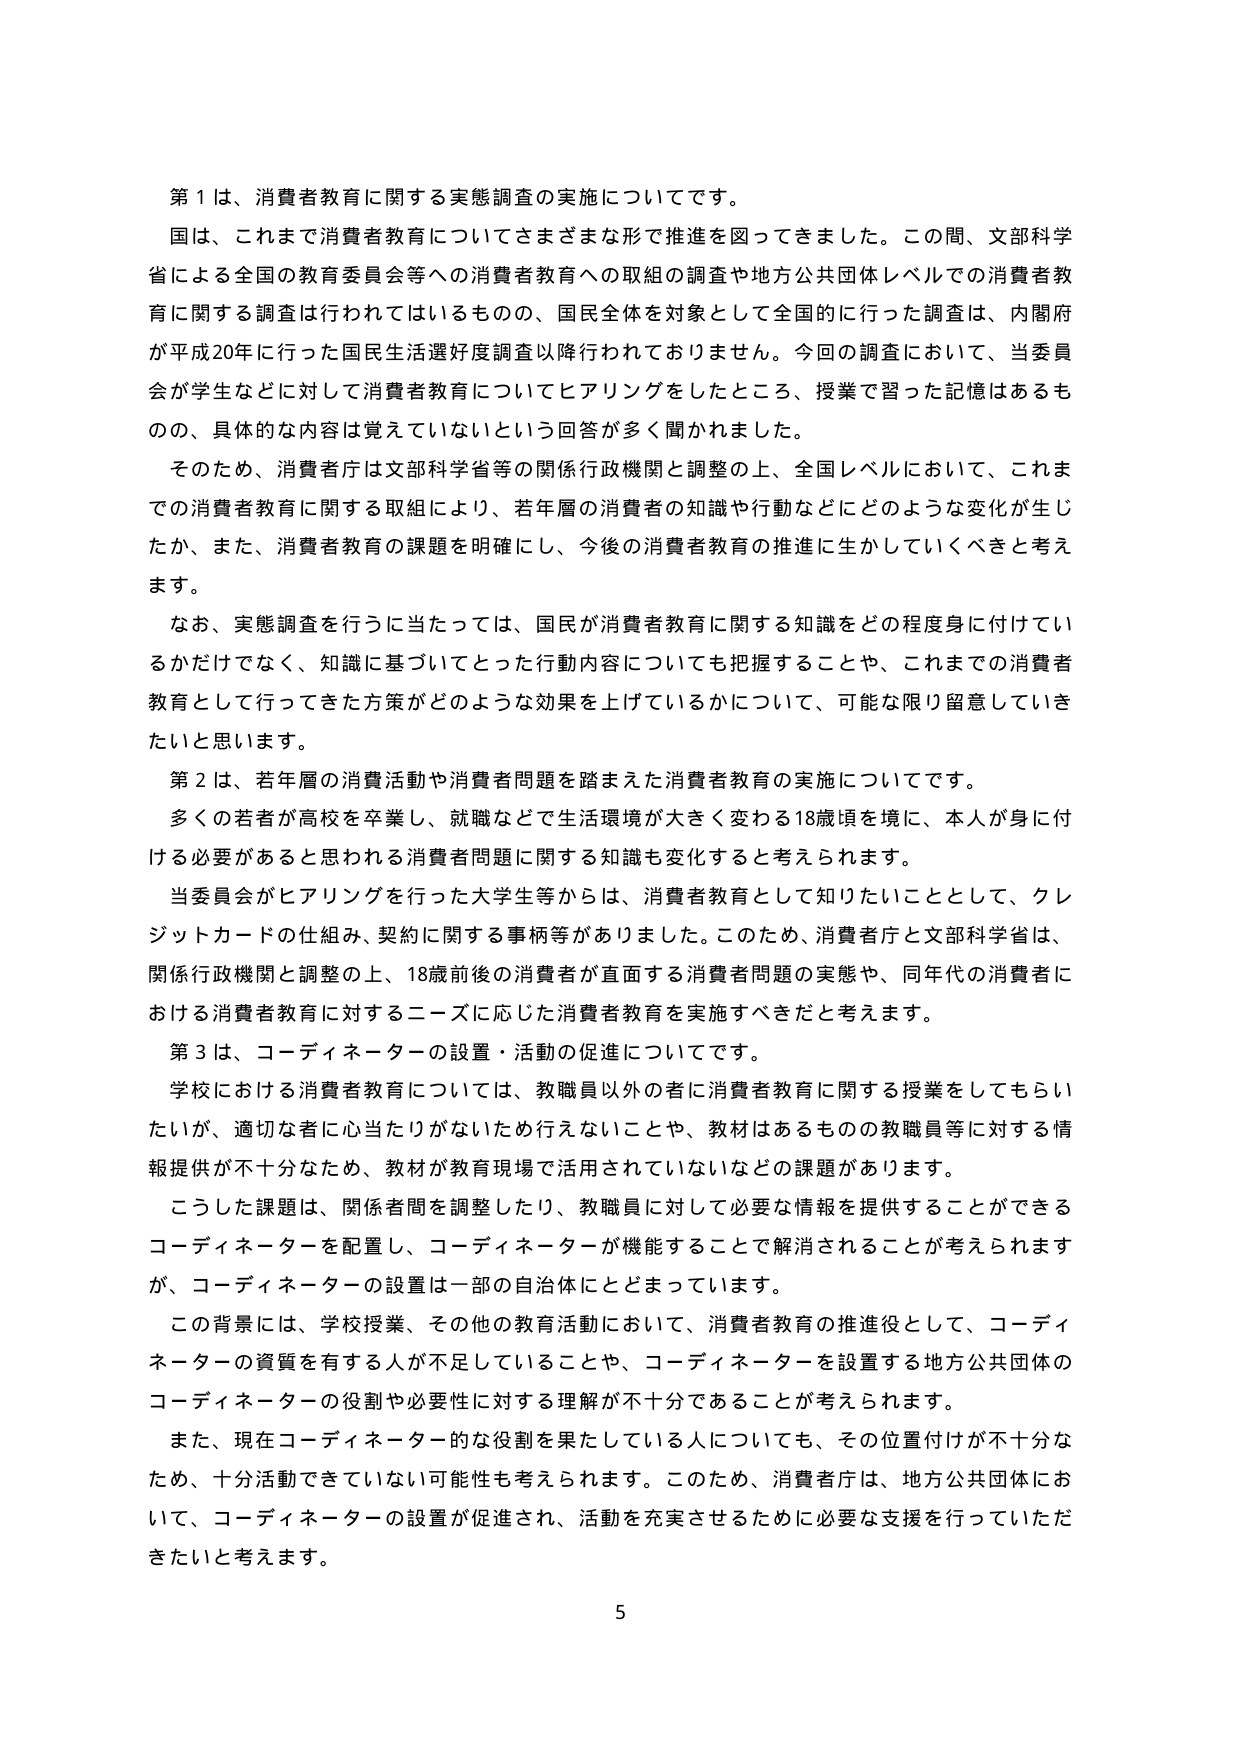
第１は、消費者教育に関する実態調査の実施についてです。

国は、これまで消費者教育についてさまざまな形で推進を図ってきました。この間、文部科学省による全国の教育委員会等への消費者教育への取組の調査や地方公共団体レベルでの消費者教育に関する調査は行われているものの、国民全体を対象として全国的に行った調査は、内閣府が平成20年に行った国民生活選好度調査以降行われておりません。今回の調査において、当委員会が学生などに対して消費者教育についてヒアリングをしたところ、授業で習った記憶はあるものの、具体的な内容は覚えていないという回答が多く聞かれました。

そのため、消費者庁は文部科学省等の関係行政機関と調整の上、全国レベルにおいて、これまでの消費者教育に関する取組により、若年層の消費者の知識や行動などにどのような変化が生じたか、また、消費者教育の課題を明確にし、今後の消費者教育の推進に生かしていくべきと考えます。

なお、実態調査を行うに当たっては、国民が消費者教育に関する知識をどの程度身に付けているかだけでなく、知識に基づいてとった行動内容についても把握することや、これまでの消費者教育として行ってきた方策がどのような効果を上げているかについて、可能な限り留意していきたいと思います。

第２は、若年層の消費活動や消費者問題を踏まえた消費者教育の実施についてです。

多くの若者が高校を卒業し、就職などで生活環境が大きく変わる18歳頃を境に、本人が身に付ける必要があると思われる消費者問題に関する知識も変化すると考えられます。

当委員会がヒアリングを行った大学生等からは、消費者教育として知りたいこととして、クレジットカードの仕組み、契約に関する事柄等がありました。このため、消費者庁と文部科学省は、関係行政機関と調整の上、18歳前後の消費者が直面する消費者問題の実態や、同年代の消費者における消費者教育に対するニーズに応じた消費者教育を実施すべきだと考えます。

第３は、コーディネーターの設置・活動の促進についてです。

学校における消費者教育については、教職員以外の者に消費者教育に関する授業をしてもらいたいが、適切な者に心当たりがないため行えないことや、教材はあるものの教職員等に対する情報提供が不十分なため、教材が教育現場で活用されていないなどの課題があります。

こうした課題は、関係者間を調整したり、教職員に対して必要な情報を提供することができるコーディネーターを配置し、コーディネーターが機能することで解消されることが考えられますが、コーディネーターの設置は一部の自治体にとどまっています。

この背景には、学校授業、その他の教育活動において、消費者教育の推進役として、コーディネーターの資質を有する人が不足していることや、コーディネーターを設置する地方公共団体のコーディネーターの役割や必要性に対する理解が不十分であることが考えられます。

また、現在コーディネーター的な役割を果たしている人についても、その位置付けが不十分なため、十分活動できていない可能性も考えられます。このため、消費者庁は、地方公共団体において、コーディネーターの設置が促進され、活動を充実させるために必要な支援を行っていきたいと考えます。

5